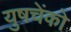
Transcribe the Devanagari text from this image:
युषचेंको